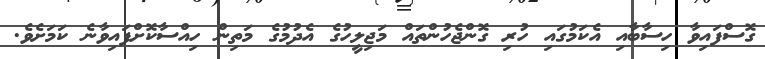
ގޮސްފައިވާ ހިސާބާއި އެކަމުގައި ހުރި ގޮންޖެހުންތައް މަޖިލީހުގެ އެދުމުގެ މަތިން ހިއްސާކޮށްފައިވާނެ ކަމަށެވެ.